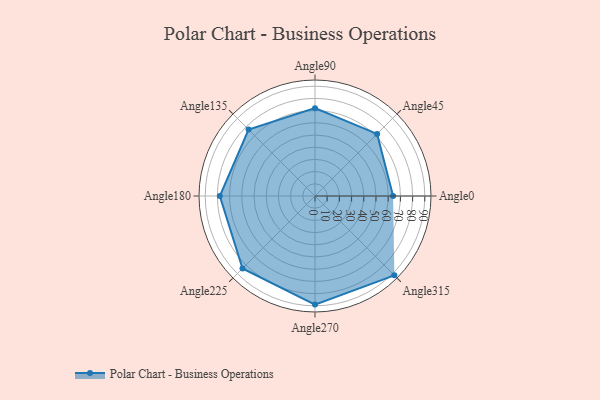
{"axis": {"x": "Angle", "y": "Radius"}, "legend": [""], "data": [{"x": "Angle0", "y": 64.0, "type": ""}, {"x": "Angle45", "y": 72.0, "type": ""}, {"x": "Angle90", "y": 72.0, "type": ""}, {"x": "Angle135", "y": 77.0, "type": ""}, {"x": "Angle180", "y": 78.0, "type": ""}, {"x": "Angle225", "y": 84.0, "type": ""}, {"x": "Angle270", "y": 89.0, "type": ""}, {"x": "Angle315", "y": 92.0, "type": ""}]}